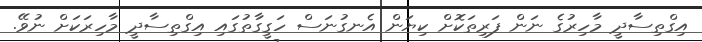
އިގްތިސާދީ މާހިރުގެ ނަން ފަރިތަަކޮށް ކިޔަން އެނގުނަސް ހަގީގަާތުގައި އިގްތިސާދީ މާހިރަކަށް ނުވޭ.